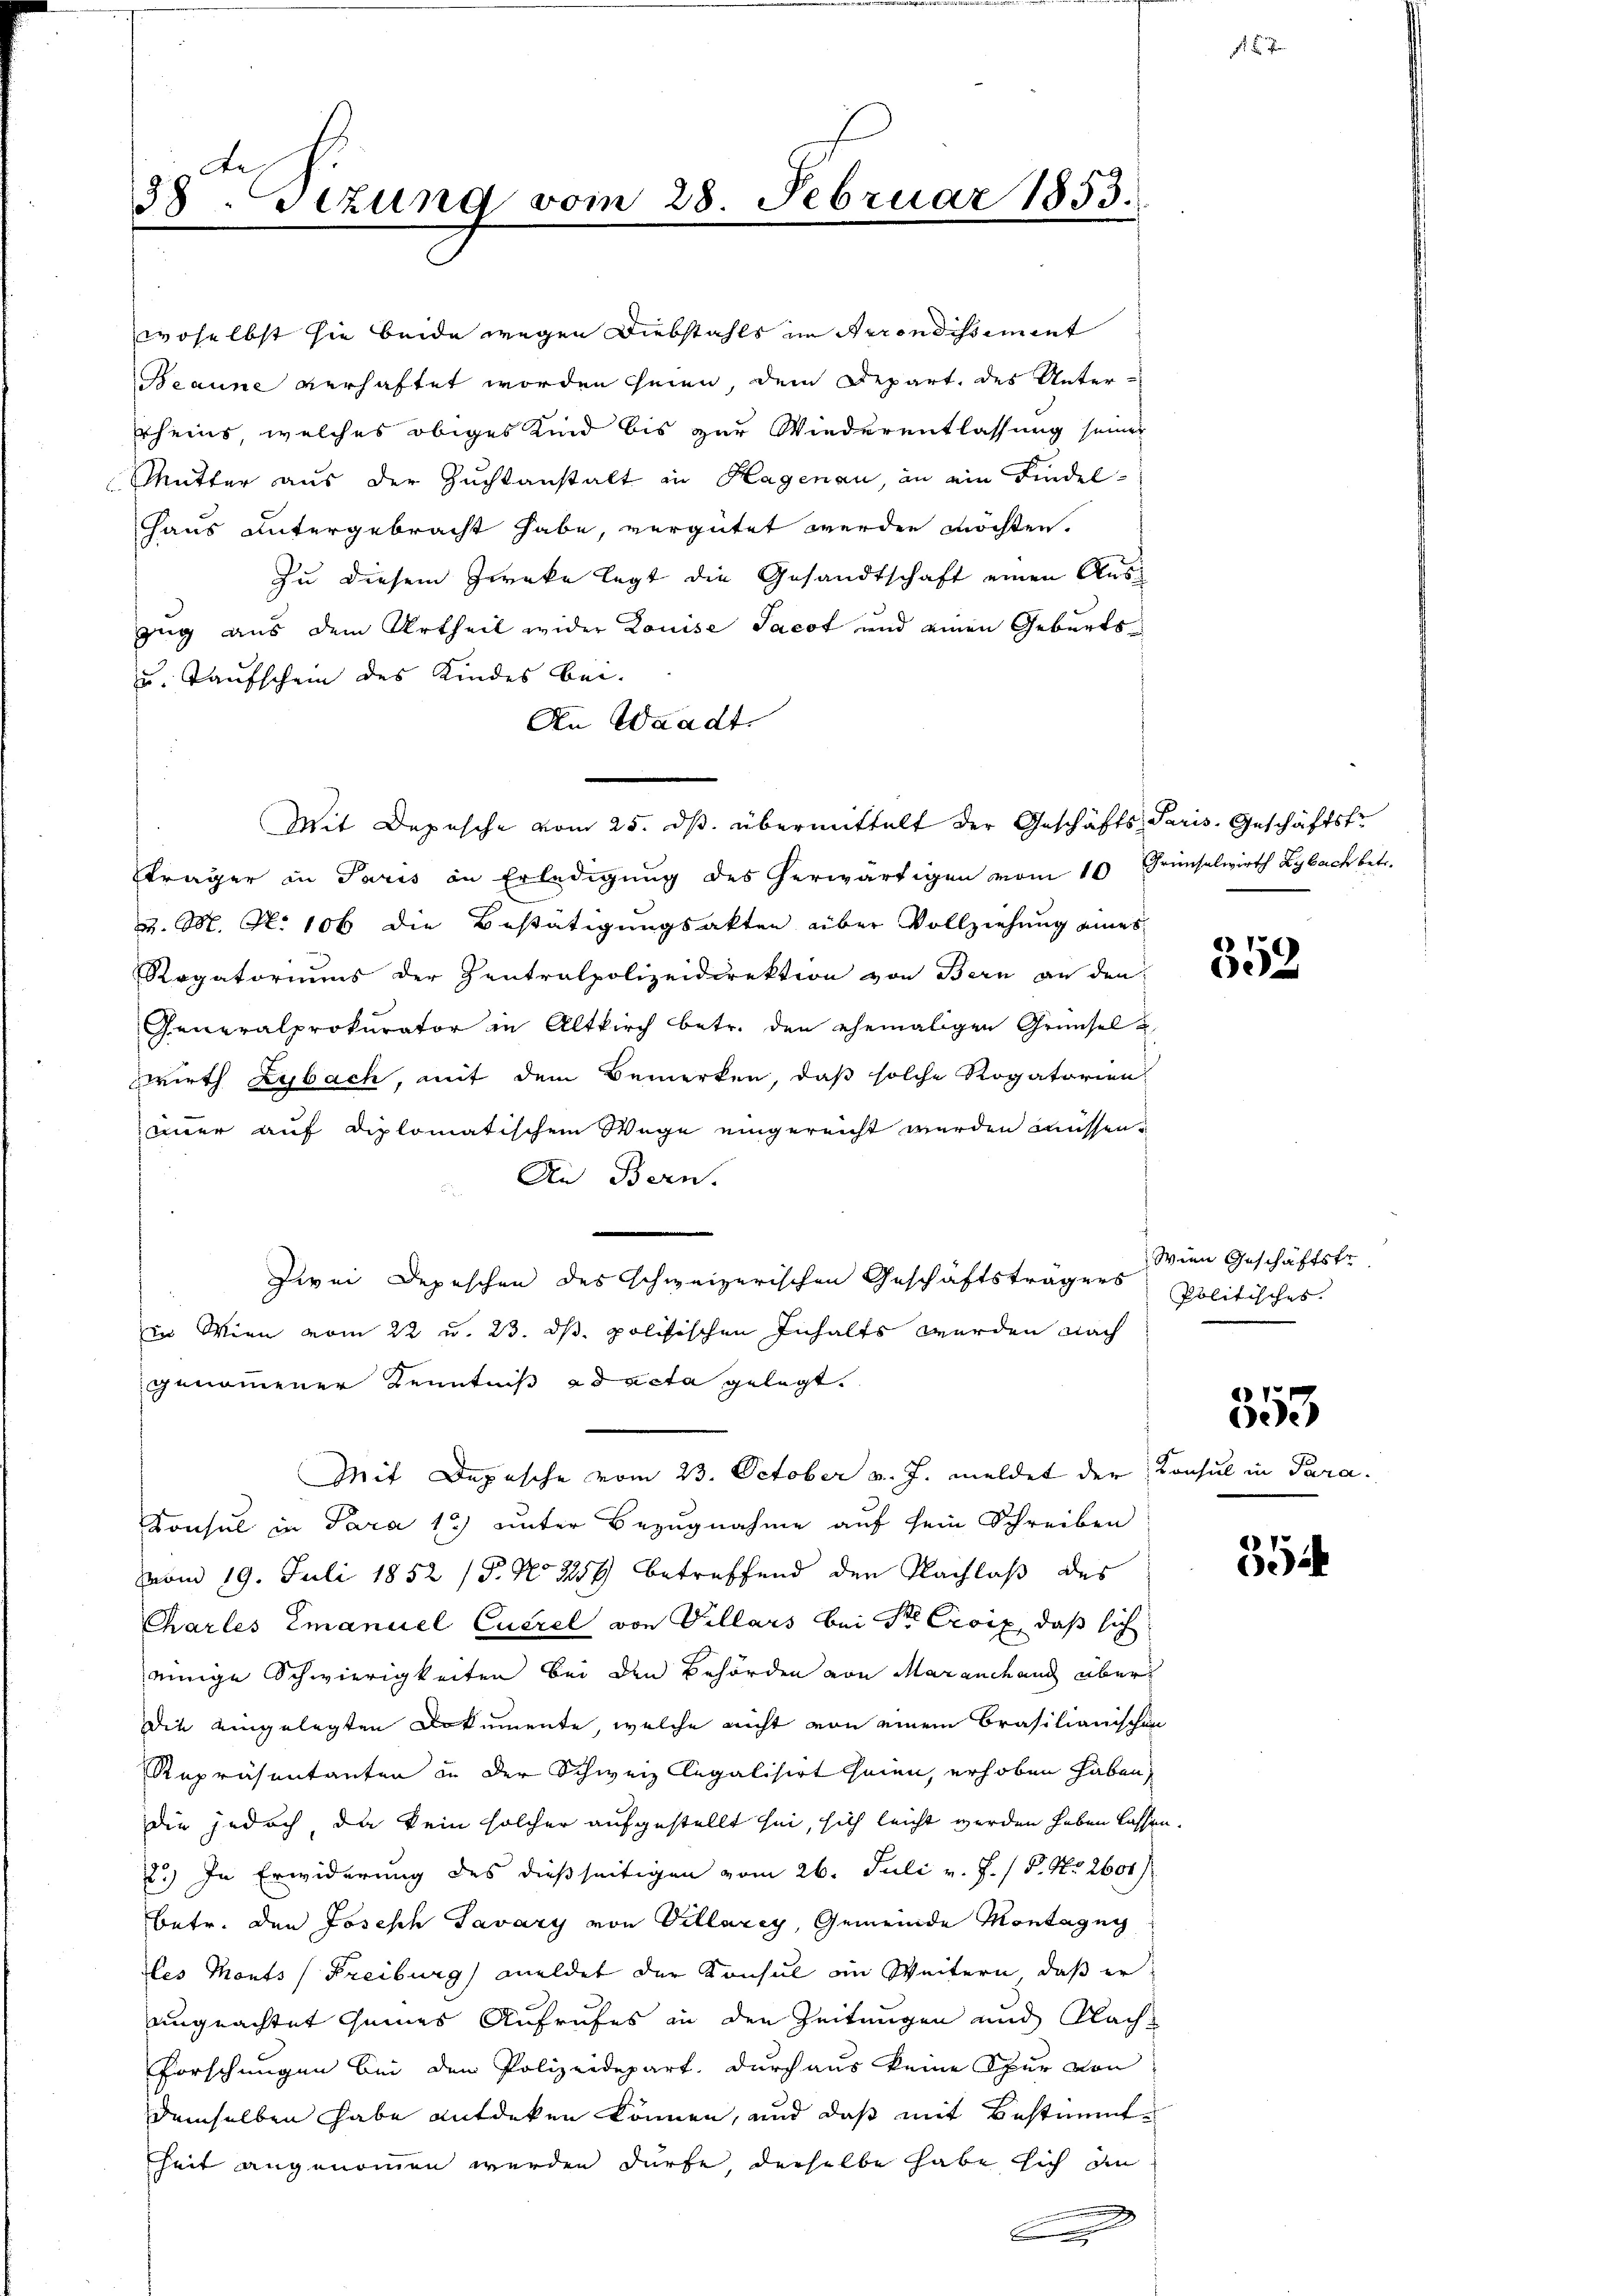
Ae
58. Sezung vom 28. Februar 1853.

woselbst sie beide wegen Diebstahls im Serondissiment
Beaune verhaftet worden seien, dem Depart, des Unter-
rheins, welches obiges Kind bis zur Wiederentlassung seiner
Mutter aus der Zuchtanstalt an Hagenau, an ein Findel¬
Haus untergebracht habe, vergütet werden möchten.
Zu diesem Zwecke legt die Gesandtschaft einen Auszug aus dem Urtheil wider Louise Sacot und einen Geburts¬
u. Taufschein des Kindes bei.
An Waadt.
träger in Paris in Erledigung des herwärtigen vom 10 Grünselwirth Lybach betr.
v. M. Nr. 106 die Bestätigungsakten aber Vollziehung eines
Rogatoriums der Zentralpolizeidirektion von Bern an den
Generalprokurator in Altkirch betr. den ehemaligen Grünsel
wirth Lybach, mit dem Bemerken, daß solche Rogatorien
immer auf diplomatischem Wege eingereicht werden müssen.
An Bern.
zwei Depeschen des Schweizerischen Geschäftsträgers
in Wien vom 22 u. 23. ds. politischen Inhalts werden nach
genommener Kenntniß ad acta gelegt.
Mit Depesche vom 23. October v. J. meldet der
Konsul in Para 13) unter Bezugnahme auf sein Schreiben
vom 19. Juli 1852 (5. No 2257 betreffend den Nachlaß des
Charles Emanuel Cucrel von Villars bei Sr Excix, daß sich
einige Schwierigkeiten bei den Behörden von Maranchend über
Die eingelegten Dokumente, welche nicht von einem Brasilianischen
Repräsentanten in der Schweiz legalisirt seien, erhoben haben,
die jedoch, da kein solcher aufgestellt sei, sich leicht werden haben lassen.
2.) In Erwiderung des dießseitigen vom 26. Juli v. J. / P. Nr. 2604/
betr. den Josesch Savary von Villarey, Gemeinde Montagug
les Monts (Freiburg meldet der Konsul in Weitern, daß er
ungeachtet seines Aufrufes in den Zeitungen und Nach¬
Forschungen bei den Polizeidepart, durchaus keine Spur von
demselben habe entdeken können, und daß mit Bestimmt
heit angenommen werden dürfe, derselbe habe sich an
.

Mit Depesche vom 25. ds. übermittelt der Geschäfts Paris, Geschäftst

Konsul in

359

Wien Geschäftstr
Politisches.

553

5

Para.